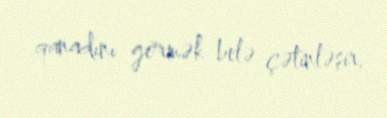
qanadını görmək belə çətinləşir.